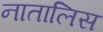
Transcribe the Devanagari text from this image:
नातालिस